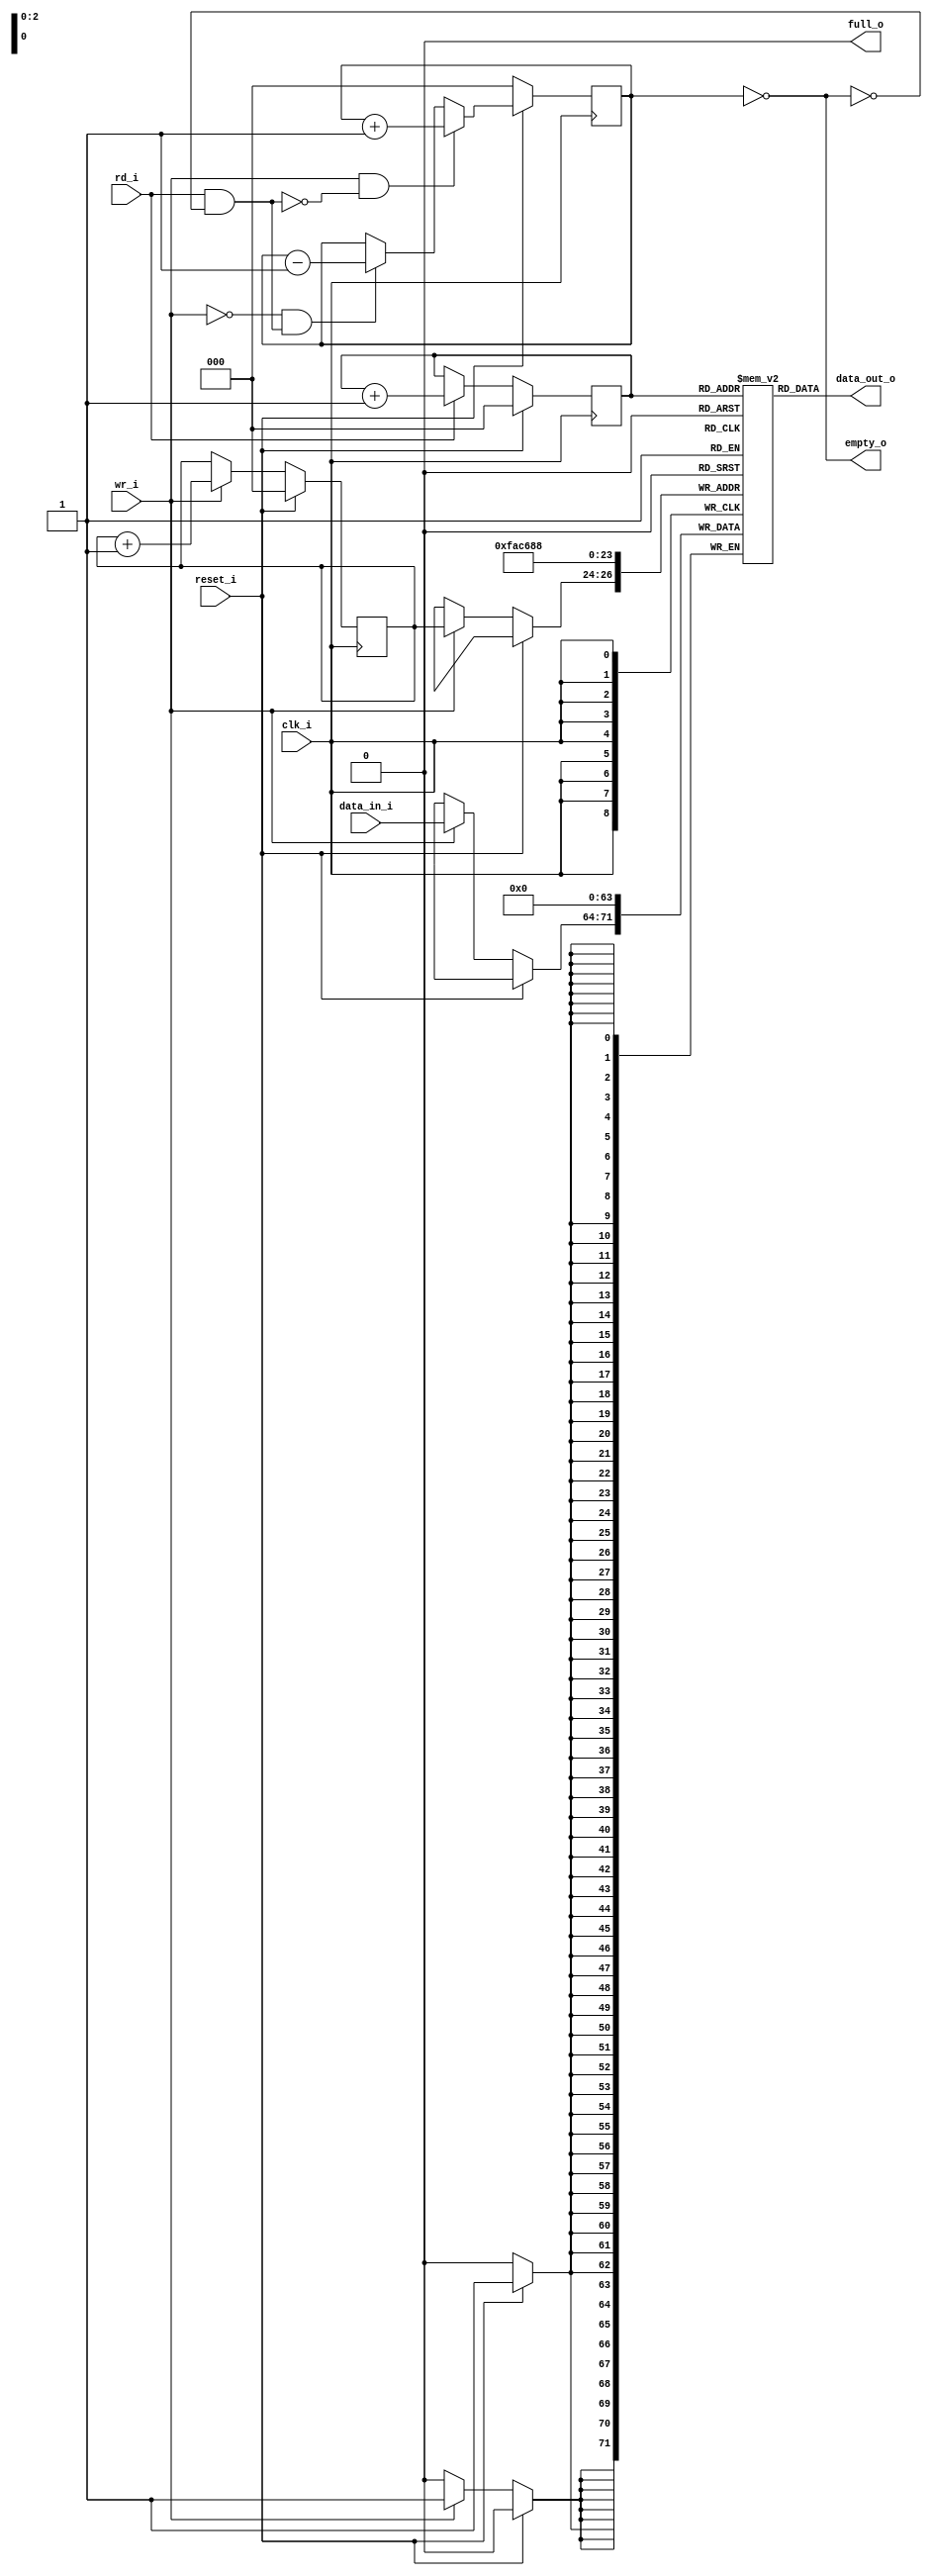
module fifo 
#(
    parameter WIDTH = 8,
    parameter DEPTH = 8,
    parameter ADDR_LEN = 3
) (
    // Inputs
    clk_i, reset_i, data_in_i, wr_i, rd_i, 
    // Outputs
    data_out_o, empty_o, full_o
);
    input clk_i, reset_i;
    input wr_i, rd_i;
    input [WIDTH-1:0] data_in_i;
    output [WIDTH-1:0] data_out_o;
    output empty_o, full_o;

    reg [WIDTH-1:0] mem [0:DEPTH-1];
    reg [ADDR_LEN-1:0] rd_ptr, wr_ptr;
    reg [ADDR_LEN-1:0] fifo_cnt;

    // generate fifo signals
    assign empty_o = (fifo_cnt == 0);
    assign full_o = (fifo_cnt == DEPTH);

    // Comment out this : for DEBUG ONLY
    /*wire [WIDTH-1:0] line1 = mem[1];
    wire [WIDTH-1:0] line2 = mem[2];
    wire [WIDTH-1:0] line3 = mem[3];
    wire [WIDTH-1:0] line4 = mem[4];*/

    // counter block
    integer i;
    always @(posedge clk_i)
    begin
        if(!reset_i) begin
            fifo_cnt <= 0;
        end
        else begin
            if ((wr_i && !full_o) & ~(rd_i && !empty_o))
                fifo_cnt <= fifo_cnt + 1;
            else if (~(wr_i && !full_o) & (rd_i && !empty_o))
                fifo_cnt <= fifo_cnt - 1;
        end
    end

    // pointer block
    always @(posedge clk_i)
    begin
        if(reset_i) begin
            wr_ptr <= 0;
            rd_ptr <= 0;
        end
        else begin
            wr_ptr <= (wr_i && !full_o) ? wr_ptr + 1 : wr_ptr;
            rd_ptr <= (rd_i) ? rd_ptr + 1 : rd_ptr;
        end
    end

    // write
    always @(posedge clk_i)
    begin
        if(reset_i) begin
            for (i = 0; i < DEPTH; i = i + 1) begin
                mem[i] <= 'b0;
            end
        end
        else if (wr_i && !full_o)
            mem[wr_ptr] <= data_in_i;
        else begin end
    end
    
    // read -> async
    assign data_out_o = mem[rd_ptr];
    
    /*always @(posedge clk_i)
    begin
        if(rd_i && !empty_o)
            data_out_o <= mem[rd_ptr];
        else if(wr_i && rd_i)
            data_out_o <= mem[rd_ptr];
        else
            data_out_o <= 8'b0;
    end*/

endmodule